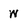
Character: w